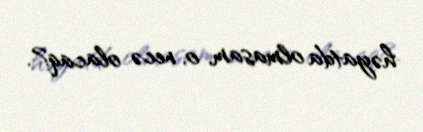
həyatda olmasam, o, necə olacaq?.